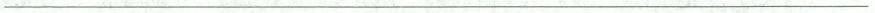
___